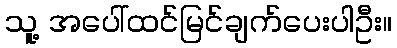
သူ့ အပေါ်ထင်မြင်ချက်ပေးပါဦး။